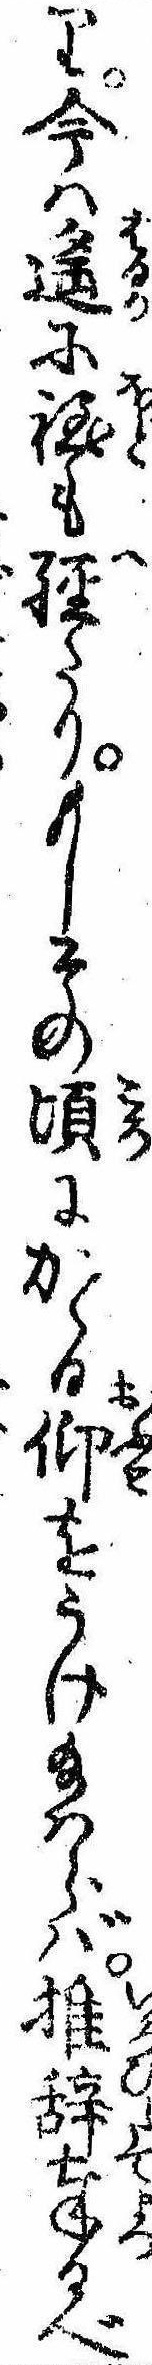
り今は遥に程も経たりもしその頃にかゝる仰をうけ給はらば推辞奉るべ